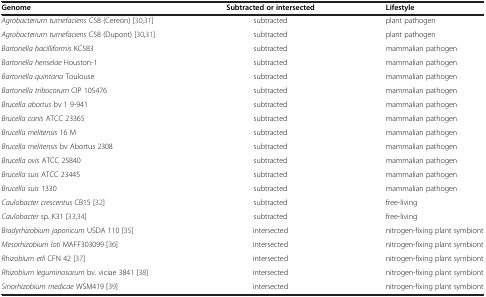
| Genome | Subtracted or intersected | Lifestyle |
 | --- | --- | --- |
 | Agrobacterium tumefaciens C58 (Cereon) [30,31] | subtracted | plant pathogen |
 | Agrobacterium tumefaciens C58 (Dupont) [30,31] | subtracted | plant pathogen |
 | Bartonella bacilliformis KC583 | subtracted | mammalian pathogen |
 | Bartonella henselae Houston-1 | subtracted | mammalian pathogen |
 | Bartonella quintana Toulouse | subtracted | mammalian pathogen |
 | Bartonella tribocorum CIP 105476 | subtracted | mammalian pathogen |
 | Brucella abortus bv 1 9-941 | subtracted | mammalian pathogen |
 | Brucella canis ATCC 23365 | subtracted | mammalian pathogen |
 | Brucella melitensis 16 M | subtracted | mammalian pathogen |
 | Brucella melitensis bv Abortus 2308 | subtracted | mammalian pathogen |
 | Brucella ovis ATCC 25840 | subtracted | mammalian pathogen |
 | Brucella suis ATCC 23445 | subtracted | mammalian pathogen |
 | Brucella suis 1330 | subtracted | mammalian pathogen |
 | Caulobacter crescentus CB15 [32] | subtracted | free-living |
 | Caulobacter sp. K31 [33,34] | subtracted | free-living |
 | Bradyrhizobium japonicum USDA 110 [35] | intersected | nitrogen-fixing plant symbiont |
 | Mesorhizobium loti MAFF303099 [36] | intersected | nitrogen-fixing plant symbiont |
 | Rhizobium etli CFN 42 [37] | intersected | nitrogen-fixing plant symbiont |
 | Rhizobium leguminosarum bv. viciae 3841 [38] | intersected | nitrogen-fixing plant symbiont |
 | Sinorhizobium medicae WSM419 [39] | intersected | nitrogen-fixing plant symbiont |